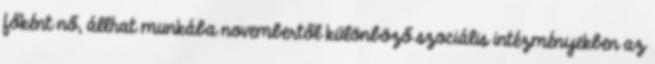
főként nő, állhat munkába novembertől különböző szociális intézményekben az